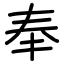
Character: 奉